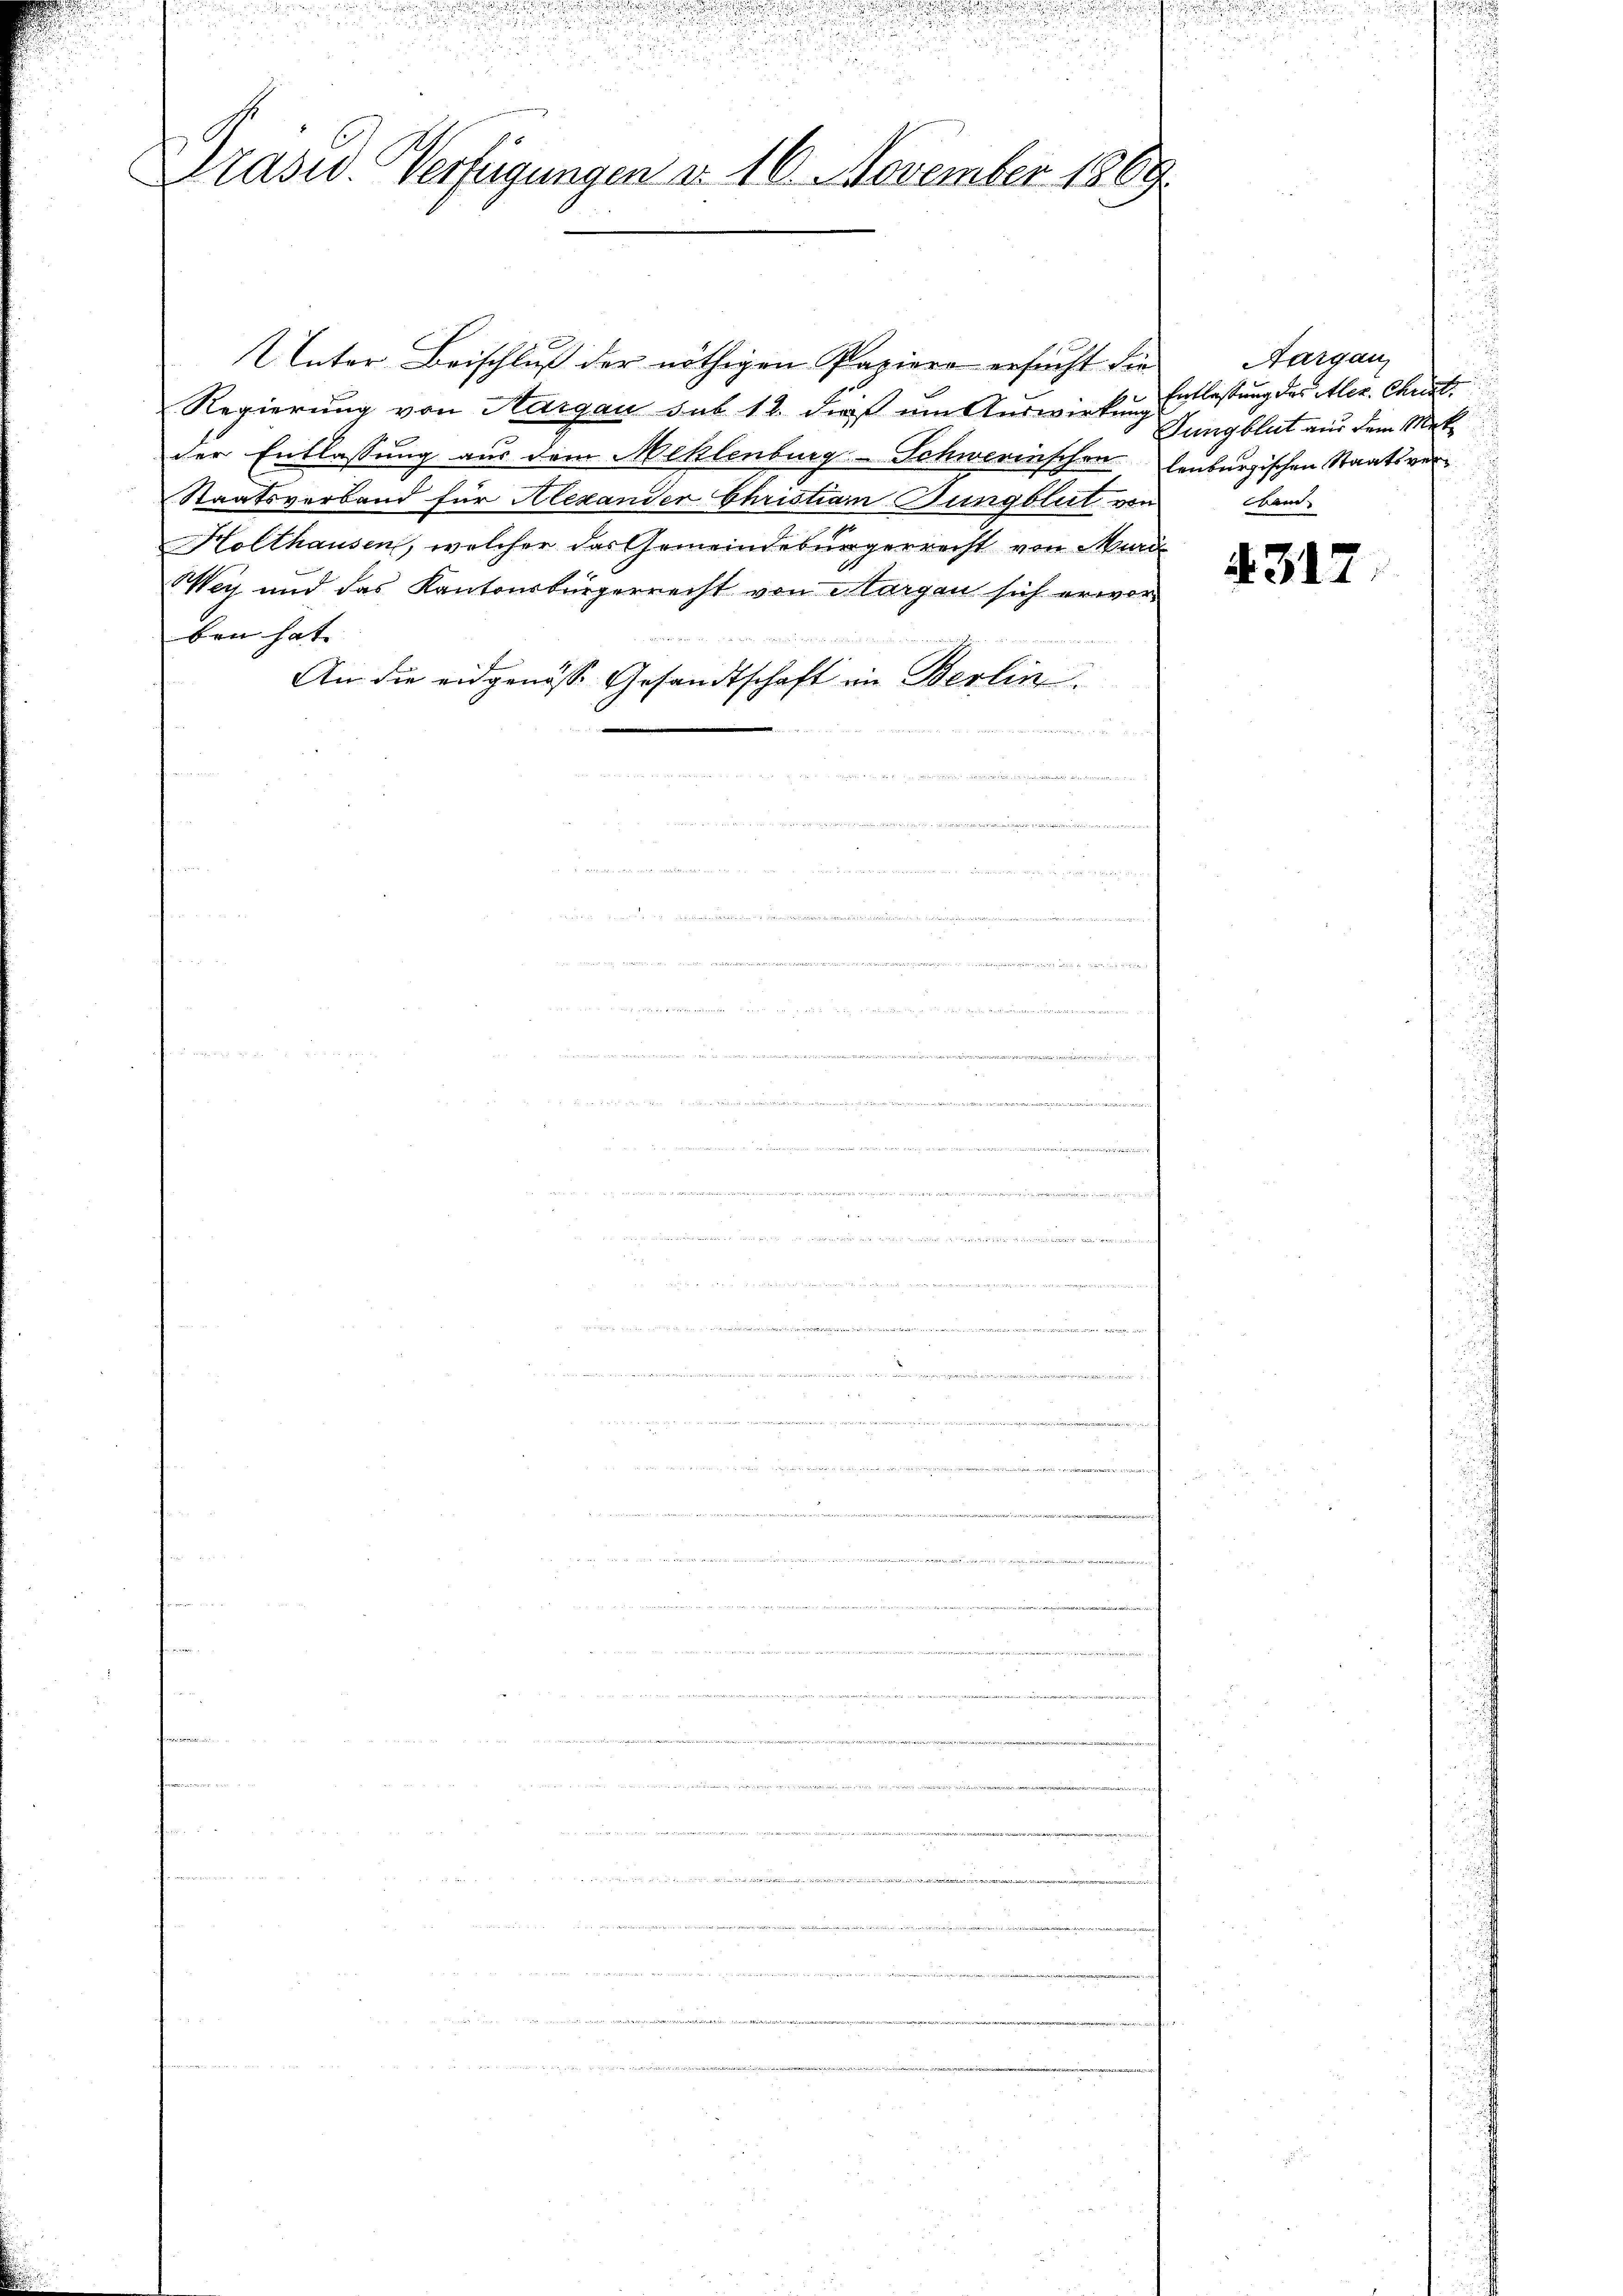
Drasiv. Verfügungen d. 16. November 1869

u

Unter Beischluß der nöthigen Papiere ersucht die
Regierung von Aargau sub 12 dieß um Auswirkung
der Entlassung aus dem Meklenburg-Schwerinschen lenburgischen Staatsver¬
Staatsverband für Alexander Christian Bungbleit von band
Holthausen, welcher das Gemeindebürgerrecht von Muri
Wey und das Kantonsbürgerrecht von Margau sich erworben hat.

An die eidgenösse Gesandtschaft im Berlin

de   den

i

.

.
.
nungen einen
idarin einer der er mit des

642 n 1044 42 der von den

g

g, zu den zu den
 gerade des Herrente
iiret
e
g
e

e

Aargau
Entlastung des Alex. Chunte
Jungblat aus dem Mek

4317